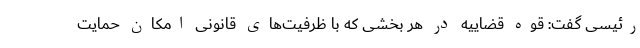
رئیسی گفت: قوه قضاییه در هر بخشی که با ظرفیت‌های قانونی امکان حمایت